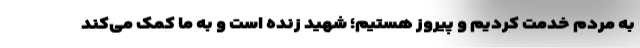
به مردم خدمت کردیم و پیروز هستیم؛ شهید زنده است و به ما کمک می‌کند